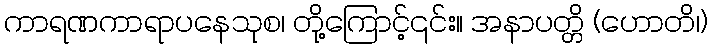
ကာရဏကာရာပနေသုစ၊ တို့ကြောင့်၎င်း။ အနာပတ္တိ (ဟောတိ၊)